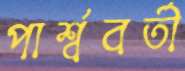
পার্শ্ববর্তী